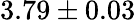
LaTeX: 3.79\pm 0.03